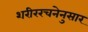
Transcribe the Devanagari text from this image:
शरीररचनेनुसार